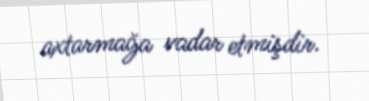
axtarmağa vadar etmişdir.